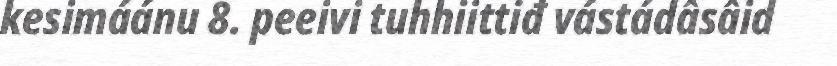
kesimáánu 8. peeivi tuhhiittiđ vástádâsâid